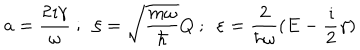
a = \frac { 2 \imath \gamma } { \omega } \ ; \ \ \xi = \sqrt { \frac { m \omega } { \hbar } } Q \ ; \ \ \varepsilon = \frac { 2 } { \hbar \omega } ( E - \frac { \imath } { 2 } \gamma )